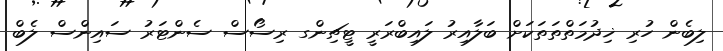
ލިބެން ހުރި ޚިދުމަތްތަތަކަށް ބަލާއިރު ލައިބްރަރީ ޓީޗިންގ ރިސޯސް ސެންޓަރު ސައިންސް ލެބް